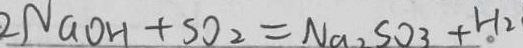
2 N a O H + S O _ { 2 } = N a _ { 2 } S O _ { 3 } + H _ { 2 }